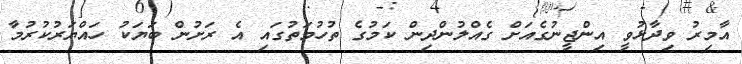
އާމިރު ވިދާޅުވީ އިންޖީނުގެއަށް ގެއްލުންދިން ކަމުގެ ތުހުމަތުގައި އެ ރަށުން ބަޔަކު ހައްޔަރުކުރުމާ